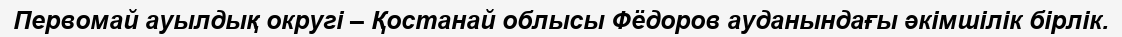
Первомай ауылдық округі – Қостанай облысы Фёдоров ауданындағы әкімшілік бірлік.